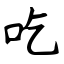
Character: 吃